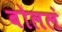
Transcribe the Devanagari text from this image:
बोललं